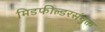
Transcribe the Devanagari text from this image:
मिडफील्डरसंयुक्त